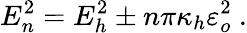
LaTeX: E_{n}^{2}=E_{h}^{2}\pm n\pi\kappa_{h}\varepsilon_{o}^{2}\ .